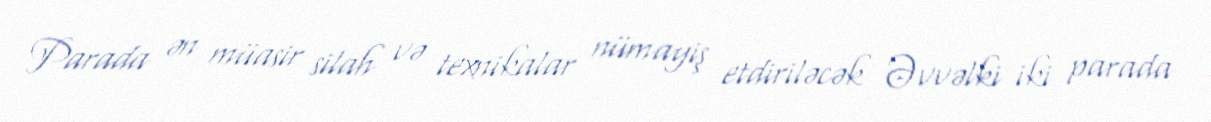
Parada ən müasir silah və texnikalar nümayiş etdiriləcək Əvvəlki iki parada